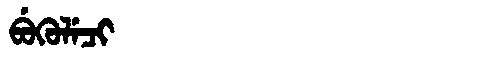
Manchu: ᠪᡠᡴᡠᠯᡝᠴᡳ
Romanization: BUKULECI